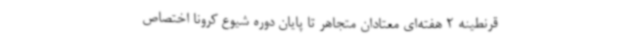
قرنطینه 2 هفته‌ای معتادان متجاهر تا پایان دوره شیوع کرونا اختصاص